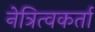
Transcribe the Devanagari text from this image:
नेत्रित्वकर्ता